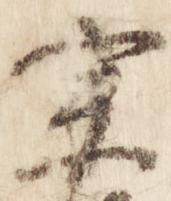
宗